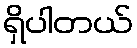
ရှိပါတယ်